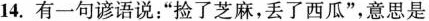
14.有一句谚语说：”捡了芝麻，丢了西瓜”，意思是